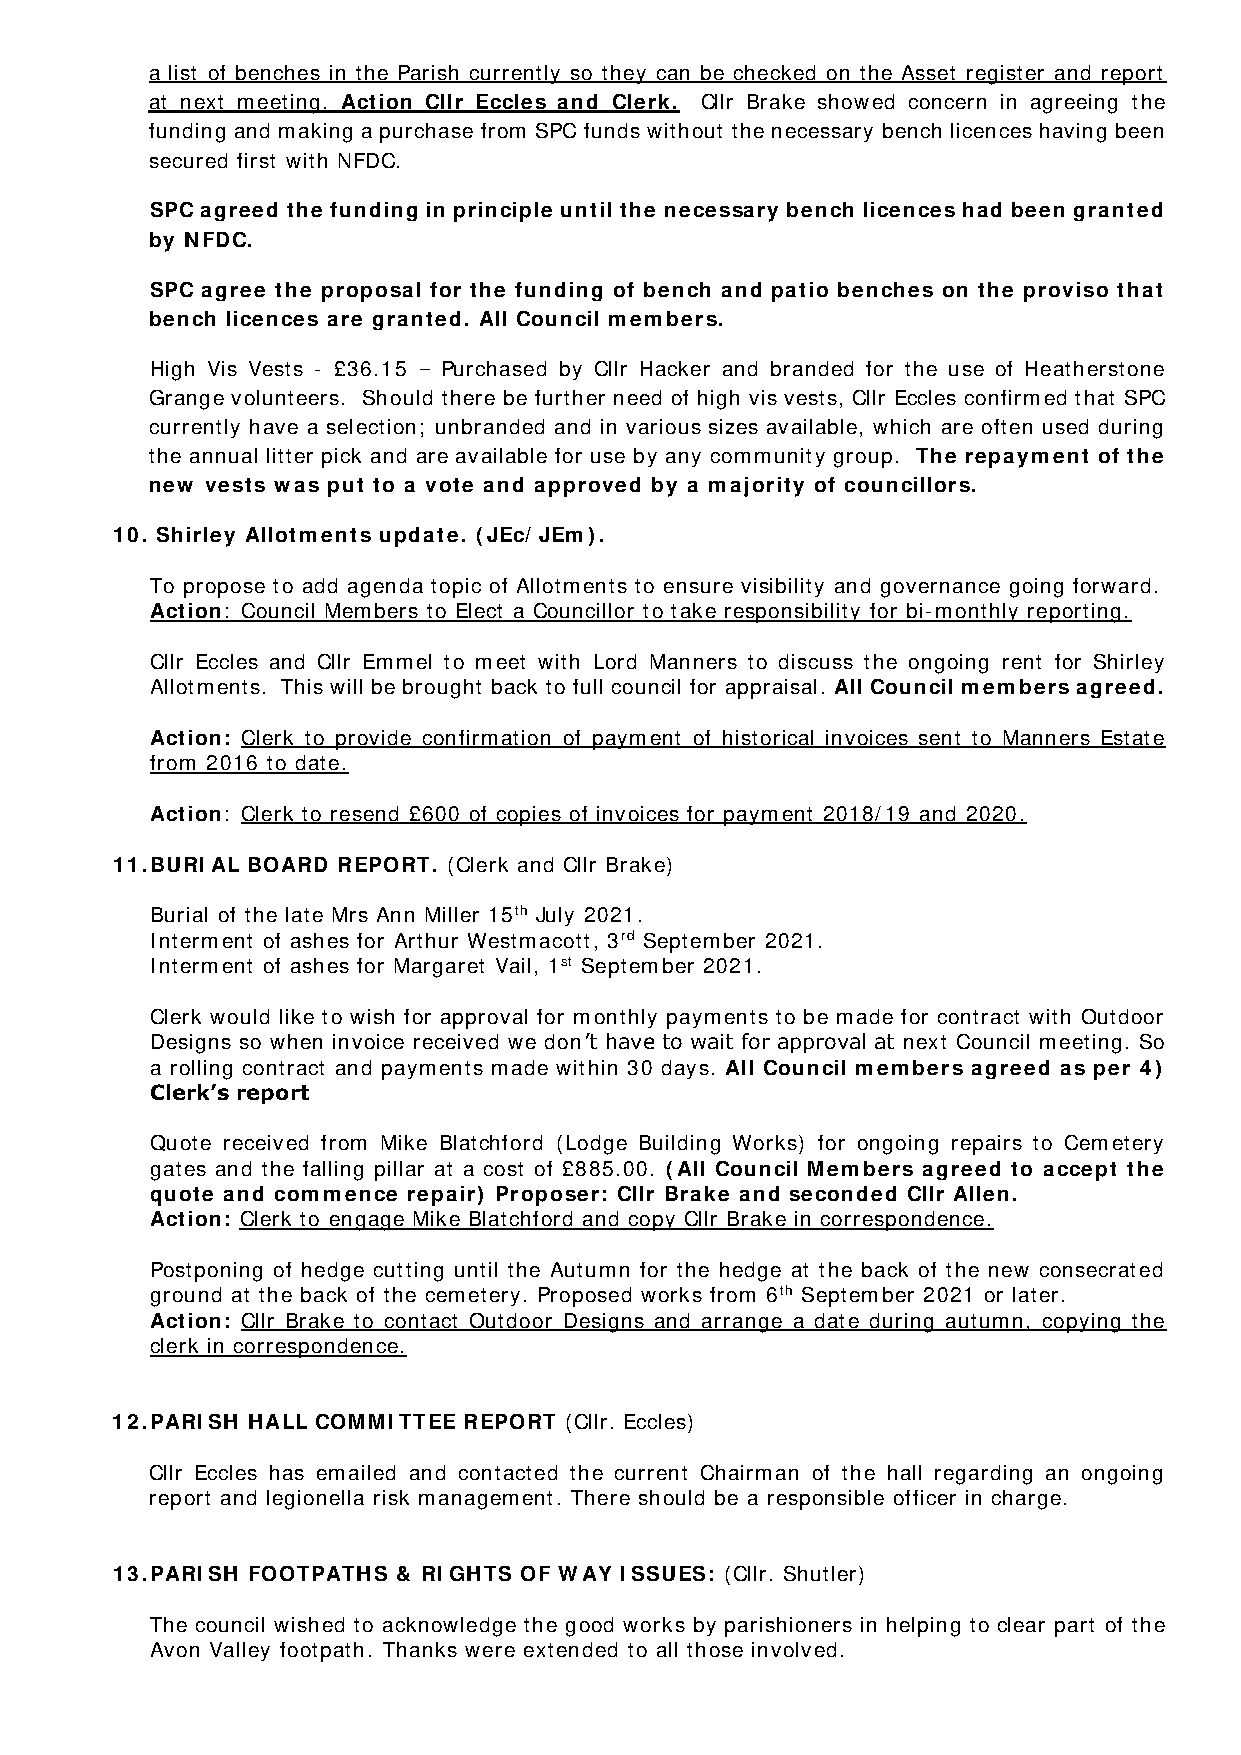
a list of benches in the Parish currently so they can be checked on the Asset register and report
 at next meeting. Action Cllr Eccles and Clerk. Cllr Brake showed concern in agreeing the
 funding and making a purchase from SPC funds without the necessary bench licences having been
 secured first with NFDC.
 SPC agreed the funding in principle until the necessary bench licences had been granted
 by NFDC.
 SPC agree the proposal for the funding of bench and patio benches on the proviso that
 bench licences are granted. All Council members.
 High Vis Vests - £36.15 – Purchased by Cllr Hacker and branded for the use of Heatherstone
 Grange volunteers. Should there be further need of high vis vests, Cllr Eccles confirmed that SPC
 currently have a selection; unbranded and in various sizes available, which are often used during
 the annual litter pick and are available for use by any community group. The repayment of the
 new vests was put to a vote and approved by a majority of councillors.
 10. Shirley Allotments update. (JEc/ JEm).
 To propose to add agenda topic of Allotments to ensure visibility and governance going forward.
 Action: Council Members to Elect a Councillor to take responsibility for bi-monthly reporting.
 Cllr Eccles and Cllr Emmel to meet with Lord Manners to discuss the ongoing rent for Shirley
 Allotments. This will be brought back to full council for appraisal. All Council members agreed.
 Action: Clerk to provide confirmation of payment of historical invoices sent to Manners Estate
 from 2016 to date.
 Action: Clerk to resend £600 of copies of invoices for payment 2018/19 and 2020.
 11. BURIAL BOARD REPORT. (Clerk and Cllr Brake)
 Burial of the late Mrs Ann Miller 15th July 2021.
 Interment of ashes for Arthur Westmacott, 3rd September 2021.
 Interment of ashes for Margaret Vail, 1st September 2021.
 Clerk would like to wish for approval for monthly payments to be made for contract with Outdoor
 Designs so when invoice received we don’t have to wait for approval at next Council meeting. So
 a rolling contract and payments made within 30 days. All Council members agreed as per 4)
 Clerk’s report
 Quote received from Mike Blatchford (Lodge Building Works) for ongoing repairs to Cemetery
 gates and the falling pillar at a cost of £885.00. (All Council Members agreed to accept the
 quote and commence repair) Proposer: Cllr Brake and seconded Cllr Allen.
 Action: Clerk to engage Mike Blatchford and copy Cllr Brake in correspondence.
 Postponing of hedge cutting until the Autumn for the hedge at the back of the new consecrated
 ground at the back of the cemetery. Proposed works from 6th September 2021 or later.
 Action: Cllr Brake to contact Outdoor Designs and arrange a date during autumn, copying the
 clerk in correspondence.
 12.PARISH HALL COMMITTEE REPORT (Cllr. Eccles)
 Cllr Eccles has emailed and contacted the current Chairman of the hall regarding an ongoing
 report and legionella risk management. There should be a responsible officer in charge.
 13. PARISH FOOTPATHS & RIGHTS OF WAY ISSUES: (Cllr. Shutler)
 The council wished to acknowledge the good works by parishioners in helping to clear part of the
 Avon Valley footpath. Thanks were extended to all those involved.